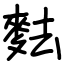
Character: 麮